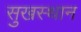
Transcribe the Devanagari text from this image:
सुखस्थान